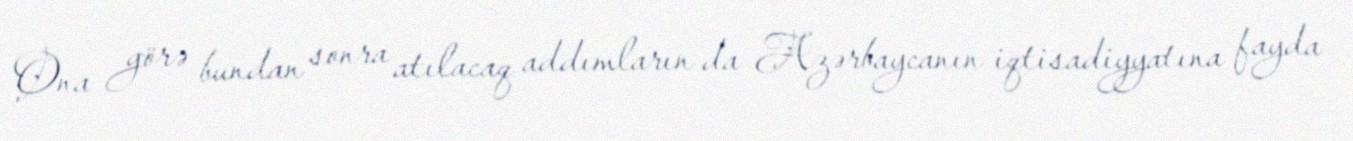
Ona görə bundan sonra atılacaq addımların da Azərbaycanın iqtisadiyyatına fayda